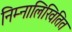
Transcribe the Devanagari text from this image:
निम्नालिखितित